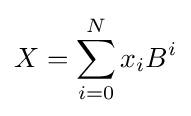
X=\sum _{i=0}^{N}{x_{i}B^{i}}